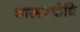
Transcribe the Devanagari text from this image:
शास्त्रपयोधि